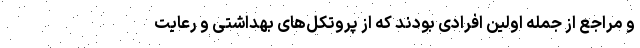
و مراجع از جمله اولین افرادی بودند که از پروتکل‌های بهداشتی و رعایت